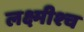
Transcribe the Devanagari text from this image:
लक्ष्मीश्च